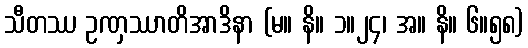
သီတဿ ဥဏှဿာတိအာဒိနာ (မ။ နိ။ ၁။၂၄၊ အ။ နိ။ ၆။၅၈)